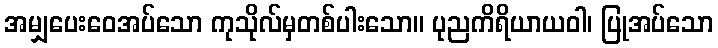
အမျှပေးဝေအပ်သော ကုသိုလ်မှတစ်ပါးသော။ ပုညကိရိယာယဝါ၊ ပြုအပ်သော